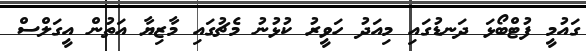
ގައުމީ ފުޓްބޯޅަ ދަނޑުގައި މިއަދު ހަވީރު ކުޅުނު މެޗުގައި މާޒިޔާ އަތުން އީގަލްސް